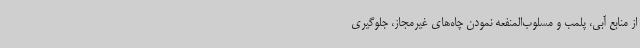
از منابع آبی، پلمب و مسلوب‌المنفعه نمودن چاه‌های غیرمجاز، جلوگیری